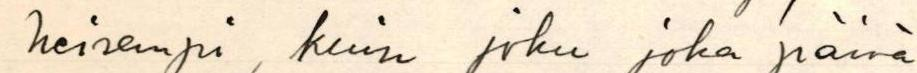
heisempi, kuin joku joka päivä